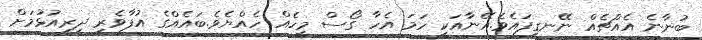
ބުނާނެ އެއްޗެއް ނޭނގިފައެވެ.އޭނާއަކީ ހަމަ އެހާ ގޯސް މީހެއް ހެއްޔެވެ.ބައެއްގެ އުފާވެރި ދިރިއުޅުމަށް